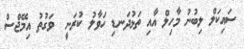
ސައިކަލް ލިބުނު މާހިލް އާއި ތަޅުދަނޑި ހަވާލު ކުރަނީ  ވަގުތު އިމޭޖްސް